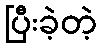
ပြီးခဲ့တဲ့